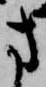
方